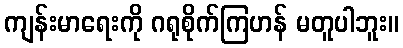
ကျန်းမာရေးကို ဂရုစိုက်ကြဟန် မတူပါဘူး။